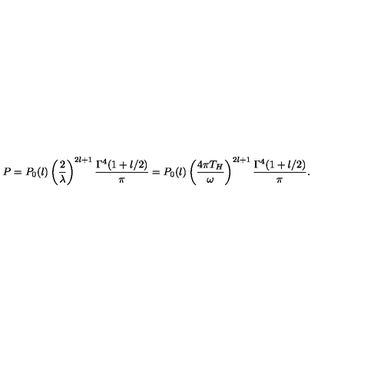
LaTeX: P = P _ { 0 } ( l ) \left( \frac { 2 } { \lambda } \right) ^ { 2 l + 1 } \frac { \Gamma ^ { 4 } ( 1 + l / 2 ) } { \pi } = P _ { 0 } ( l ) \left( \frac { 4 \pi T _ { H } } { \omega } \right) ^ { 2 l + 1 } \frac { \Gamma ^ { 4 } ( 1 + l / 2 ) } { \pi } .